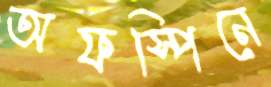
অফস্পিনে